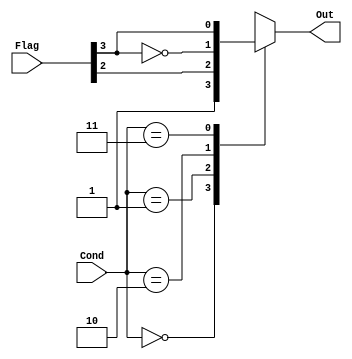
module CONDCHECK (Cond, Flag, Out);

input [1:0] Cond;
output reg Out;
input [3:0] Flag;

always @ * begin
	casex(Cond)
		2'b00: Out = 1'b1;		//No condition	
		2'b01: Out = Flag[2]; 		//Equal: out= z_flag
		2'b10: Out = (~Flag[3]); 	//Greater or Equal: out= ~n_flag
		2'b11: Out = Flag[3]; 		//Less than: out= n_flag	
		default: Out = 1'b0;		//Conditions not true
	endcase 
end

endmodule